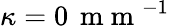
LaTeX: \kappa=0\, \mathrm{~m~m~}^{-1}